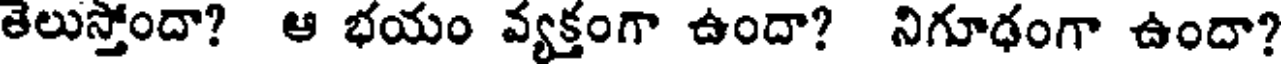
తెలుస్తోందా? ఆ భయం వ్యక్తంగా ఉందా? నిగూఢంగా ఉందా?